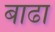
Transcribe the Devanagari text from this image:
बाढा